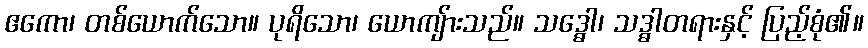
ဧကော၊ တစ်ယောက်သော။ ပုရိသော၊ ယောကျ်ားသည်။ သဒ္ဓေါ၊ သဒ္ဓါတရားနှင့် ပြည့်စုံ၏။